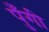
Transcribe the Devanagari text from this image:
पुँगी